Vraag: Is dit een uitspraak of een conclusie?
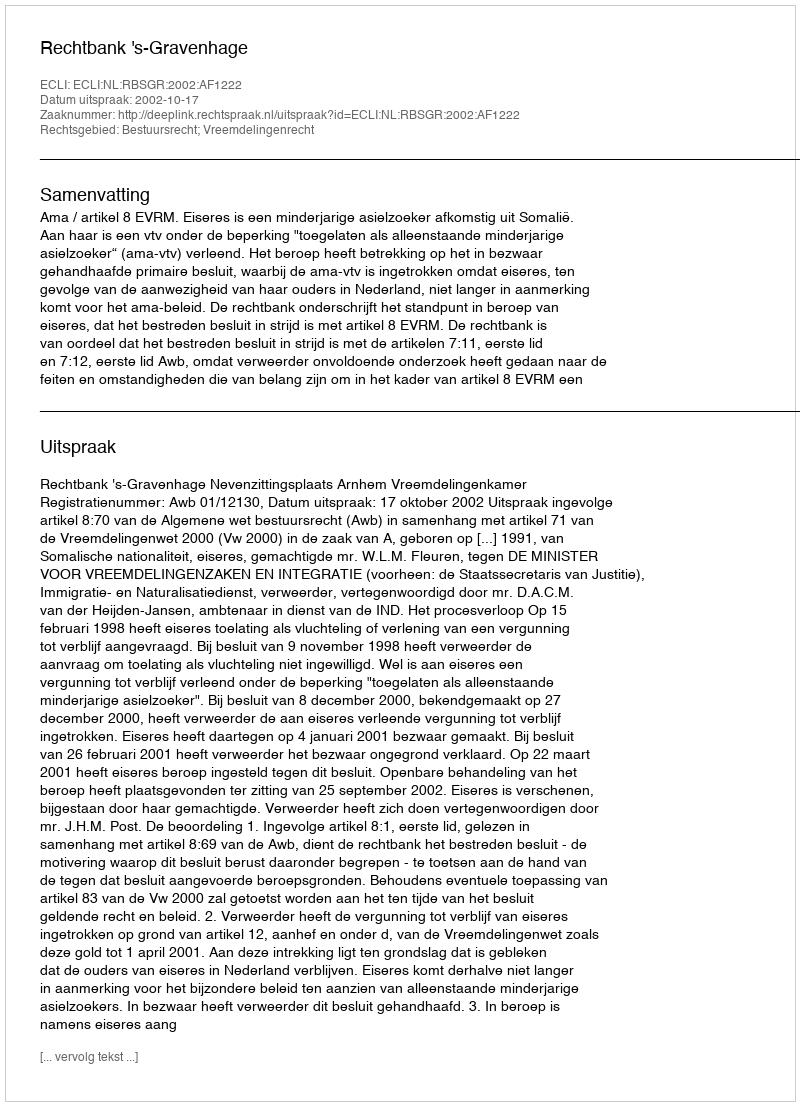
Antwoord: Uitspraak